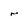
Character: 4